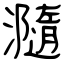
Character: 瀡